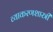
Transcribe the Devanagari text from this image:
व्याकरणशास्त्री